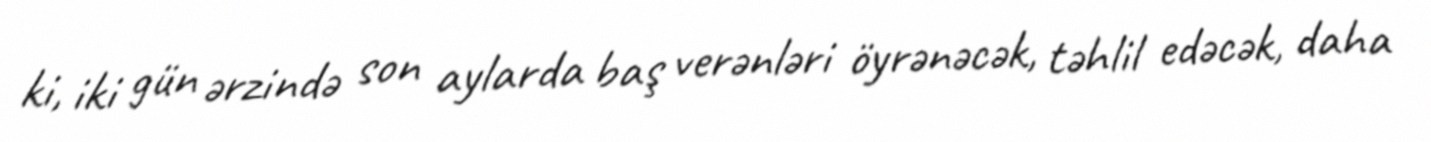
ki, iki gün ərzində son aylarda baş verənləri öyrənəcək, təhlil edəcək, daha